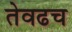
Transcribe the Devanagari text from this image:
तेवढच